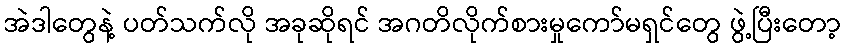
အဲဒါတွေနဲ့ ပတ်သက်လို အခုဆိုရင် အဂတိလိုက်စားမှုကော်မရှင်တွေ ဖွဲ့ပြီးတော့